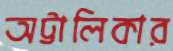
অট্টালিকার